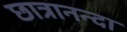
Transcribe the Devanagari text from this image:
छात्रानन्दा